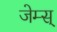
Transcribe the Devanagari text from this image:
जेम्स्